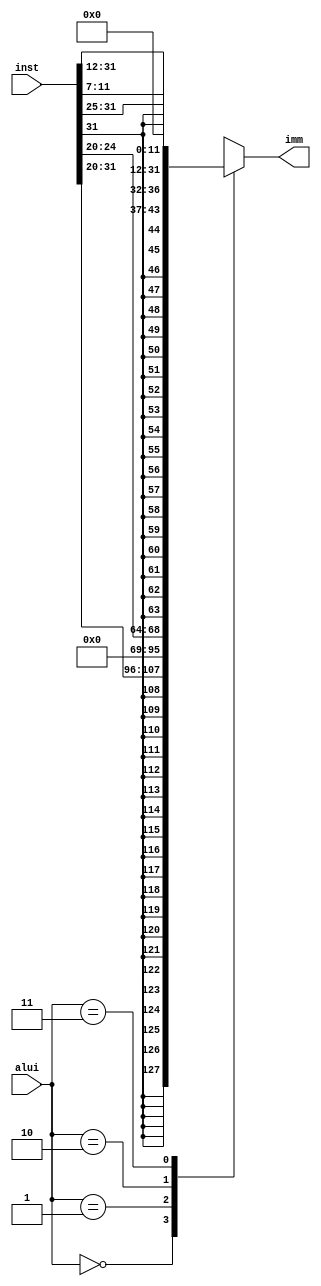
module imme (inst,alui,imm); // 32-bit immediate
    input   [1:0] alui;
    input  [31:0] inst;
    output [31:0] imm;

    // alui[1:0]:
    //      0 0 : imm[11:0]         : addi, xori, ori, andi, lw
    //      0 1 : shamt             : slli, srli, srai
    //      1 0 : imm[11:5],imm[4:0]: sw
    //      1 1 : imm[31:12]        : lui

    //            31::::25 24:20 19:15 14:12 11:7    6:::::0
    //      0 0 : imm[11:::::::0] rs1   000   rd     0010011
    //      0 1 : 0000000  shamt  rs1   001   rd     0010011
    //      1 0 : imm[11:5] rs2   rs1   010 imm[4:0] 0100011
    //      1 1 : imm[31::::::::::::::::::12] rd     0110111

    function [31:0] get_imm;
        input [31:0] inst;
        input  [1:0] alui;
        case(alui)
            2'b00: get_imm = {{21{inst[31]}},inst[30:20]};            // addi, xori, ori, andi, lw
            2'b01: get_imm = {27'b0,         inst[24:20]};            // slli, srli, srai
            2'b10: get_imm = {{21{inst[31]}},inst[30:25],inst[11:7]}; // sw
            2'b11: get_imm = {inst[31:12],12'b0};                     // lui
        endcase
    endfunction

    assign imm = get_imm(inst,alui);

endmodule